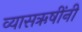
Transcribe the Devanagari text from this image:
व्यासऋषींनी